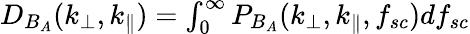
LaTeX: \begin{array}{r}{D_{B_{A}}(k_{\perp},k_{\parallel})=\int_{0}^{\infty}P_{B_{A}}(k_{\perp},k_{\parallel},f_{sc})df_{sc}}\end{array}